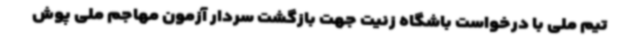
تیم ملی با درخواست باشگاه زنیت جهت بازگشت سردار آزمون مهاجم ملی پوش